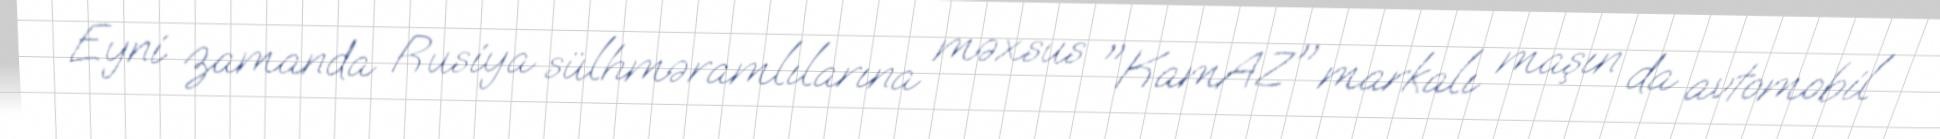
Eyni zamanda Rusiya sülhməramlılarına məxsus "KamAZ" markalı maşın da avtomobil